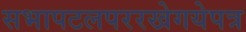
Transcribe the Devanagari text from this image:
सभापटलपररखेगयेपत्र